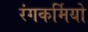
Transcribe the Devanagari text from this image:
रंगकर्मियो